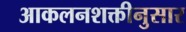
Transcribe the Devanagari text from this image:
आकलनशक्तीनुसार